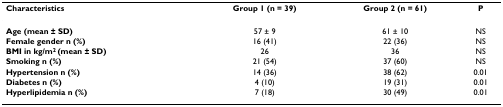
<table><thead><tr><td><b>Characteristics</b></td><td><b>Group 1 (n = 39)</b></td><td><b>Group 2 (n = 61)</b></td><td><b>P</b></td></tr></thead><tbody><tr><td><b>Age (mean ± SD)</b></td><td>57 ± 9</td><td>61 ± 10</td><td>NS</td></tr><tr><td><b>Female gender n (%)</b></td><td>16 (41)</td><td>22 (36)</td><td>NS</td></tr><tr><td><b>BMI in kg/m<sup>2 </sup>(mean ± SD)</b></td><td>26</td><td>36</td><td>NS</td></tr><tr><td><b>Smoking n (%)</b></td><td>21 (54)</td><td>37 (60)</td><td>NS</td></tr><tr><td><b>Hypertension n (%)</b></td><td>14 (36)</td><td>38 (62)</td><td>0.01</td></tr><tr><td><b>Diabetes n (%)</b></td><td>4 (10)</td><td>19 (31)</td><td>0.01</td></tr><tr><td><b>Hyperlipidemia n (%)</b></td><td>7 (18)</td><td>30 (49)</td><td>0.01</td></tr></tbody></table>